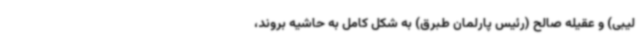
لیبی) و عقیله صالح (رئیس پارلمان طبرق) به شکل کامل به حاشیه بروند،